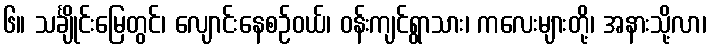
၆။ သင်္ချိုင်းမြေတွင်၊ လျောင်းနေစဉ်ဝယ်၊ ဝန်းကျင်ရွာသား၊ ကလေးများတို့၊ အနားသို့လာ၊